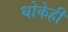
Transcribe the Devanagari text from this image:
धोकेही